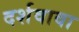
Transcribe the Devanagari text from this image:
दर्शवावा